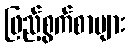
ဖြည့်စွက်စာများ